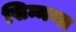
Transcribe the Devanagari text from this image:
सिम्मन्स